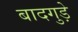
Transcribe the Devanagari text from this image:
बादगुड़े